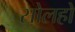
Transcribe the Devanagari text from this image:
सोलहो